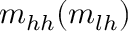
m _ { h h } ( m _ { l h } )